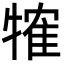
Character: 㹊